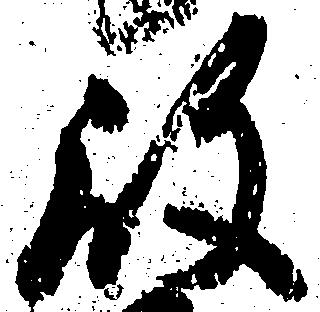
殿